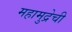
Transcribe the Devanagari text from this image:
महामुद्रेची